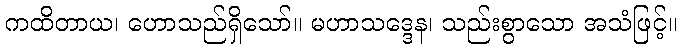
ကထိတာယ၊ ဟောသည်ရှိသော်။ မဟာသဒ္ဒေန၊ သည်းစွာသော အသံဖြင့်။